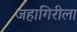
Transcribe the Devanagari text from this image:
जहागिरीला